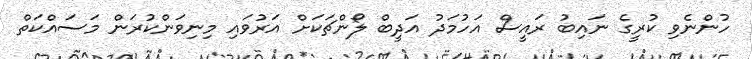
ހުންނެވި ކުރީގެ ނައިބު ރައީސް އަހުމަދު އަދީބް ލޯންޗަކަށް އަރުވައި މިނިވަންކުރަން މަސައްކަތް